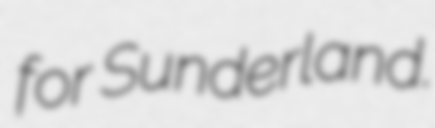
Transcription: for Sunderland.